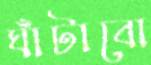
ঘাঁটাবো